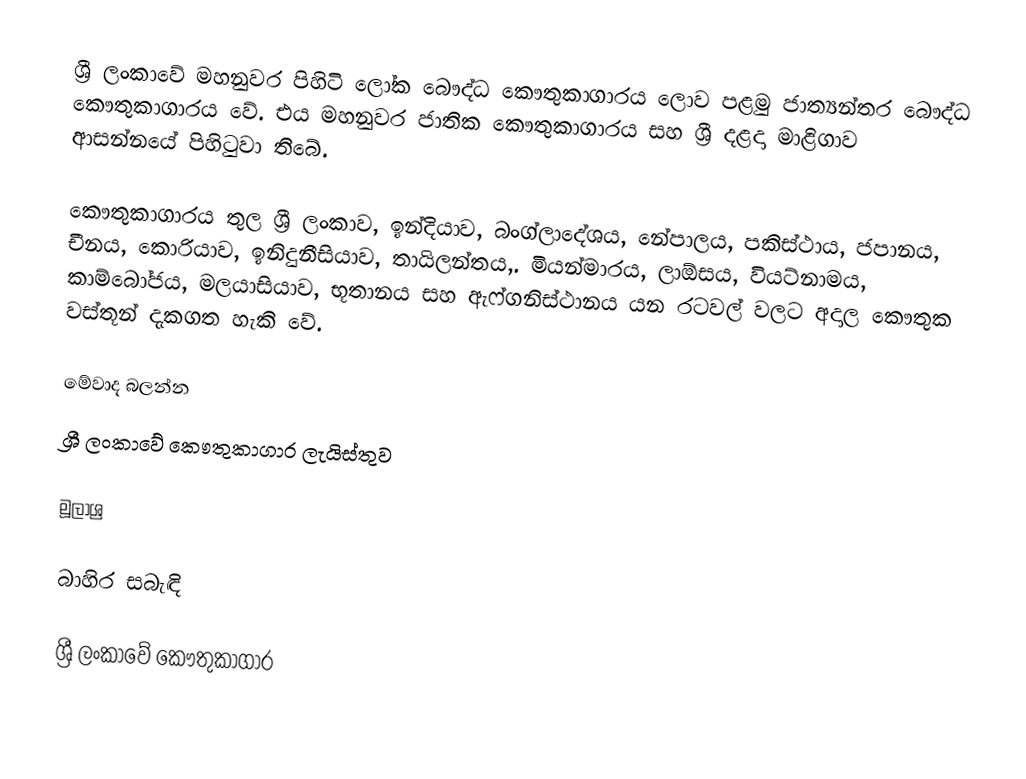
ශ්‍රී ලංකාවේ මහනුවර පිහිටි ලෝක බෞද්ධ කෞතුකාගාරය ලොව පළමු ජාත්‍යන්තර බෞද්ධ කෞතුකාගාරය වේ. එය මහනුවර ජාතික කෞතුකාගාරය‎ සහ ශ්‍රී දළදා මාළිගාව ආසන්නයේ පිහිටුවා තිබේ.

කෞතුකාගාරය තුල ශ්‍රී ලංකාව, ඉන්දියාව, බංග්ලාදේශය, නේපාලය, පකිස්ථාය, ජපානය, චීනය, කොරියාව, ඉනිදුනීසියාව, තායිලන්තය,. මියන්මාරය, ලාඕසය, වියට්නාමය, කාම්බෝජය, මලයාසියාව, භූතානය සහ ඇෆ්ගනිස්ථානය යන රටවල් වලට අදාල කෞතුක වස්තූන් දැකගත හැකි වේ.

මේවාද බලන්න
ශ්‍රී ලංකාවේ කෞතුකාගාර ලැයිස්තුව

මූලාශ්‍ර

බාහිර සබැඳි

ශ්‍රී ලංකාවේ කෞතුකාගාර